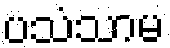
ပသံသာမ